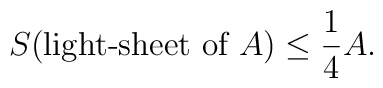
S(\mbox{light-sheet of $A$}) \leq \frac{1}{4} A.